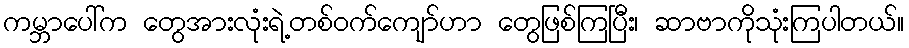
ကမ္ဘာပေါ်က တွေအားလုံးရဲ့တစ်ဝက်ကျော်ဟာ တွေဖြစ်ကြပြီး၊ ဆာဗာကိုသုံးကြပါတယ်။